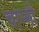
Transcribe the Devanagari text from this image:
चाम्गी